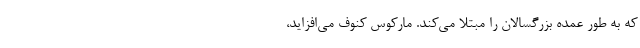
که به طور عمده بزرگسالان را مبتلا می‌کند. مارکوس کنوف می‌افزاید،